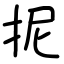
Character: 抳